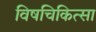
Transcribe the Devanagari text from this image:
विषचिकित्सा